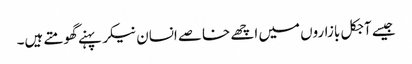
جیسے آجکل بازاروں میں اچھے خاصے انسان نیکر پہنے گھومتے ہیں۔